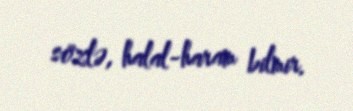
sözlə, halal-haram bilmir.